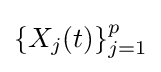
\{X_{j}(t)\}_{j=1}^{p}